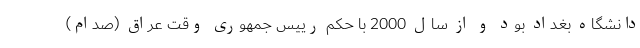
دانشگاه بغداد بود و از سال 2000 با حکم رییس جمهوری وقت عراق (صدام)